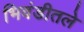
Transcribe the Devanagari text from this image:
भिवंडीतले